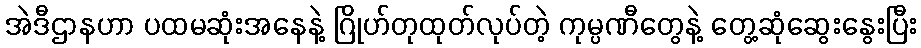
အဲဒီဌာနဟာ ပထမဆုံးအနေနဲ့ ဂြိုဟ်တုထုတ်လုပ်တဲ့ ကုမ္ပဏီတွေနဲ့ တွေ့ဆုံဆွေးနွေးပြီး